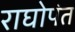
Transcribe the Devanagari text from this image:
राघोपंत